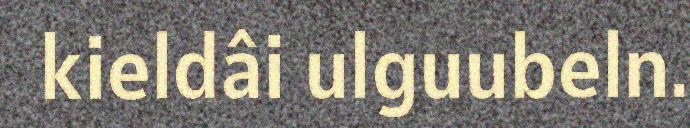
kieldâi ulguubeln.